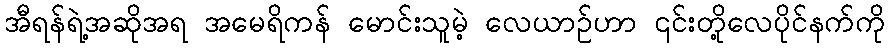
အီရန်ရဲ့အဆိုအရ အမေရိကန် မောင်းသူမဲ့ လေယာဉ်ဟာ ၎င်းတို့လေပိုင်နက်ကို